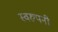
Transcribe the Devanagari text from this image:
स्वरुपनी